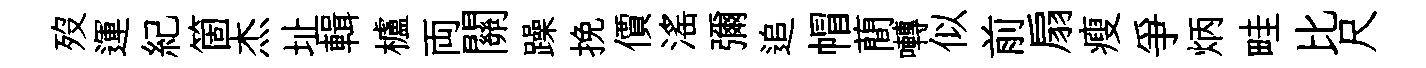
歿運紀箇杰址輯櫨両關躁挽價滛彌追帽蕳囀似前扇瘦爭炳畦比尺